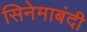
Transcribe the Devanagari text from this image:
सिनेमाबंदी